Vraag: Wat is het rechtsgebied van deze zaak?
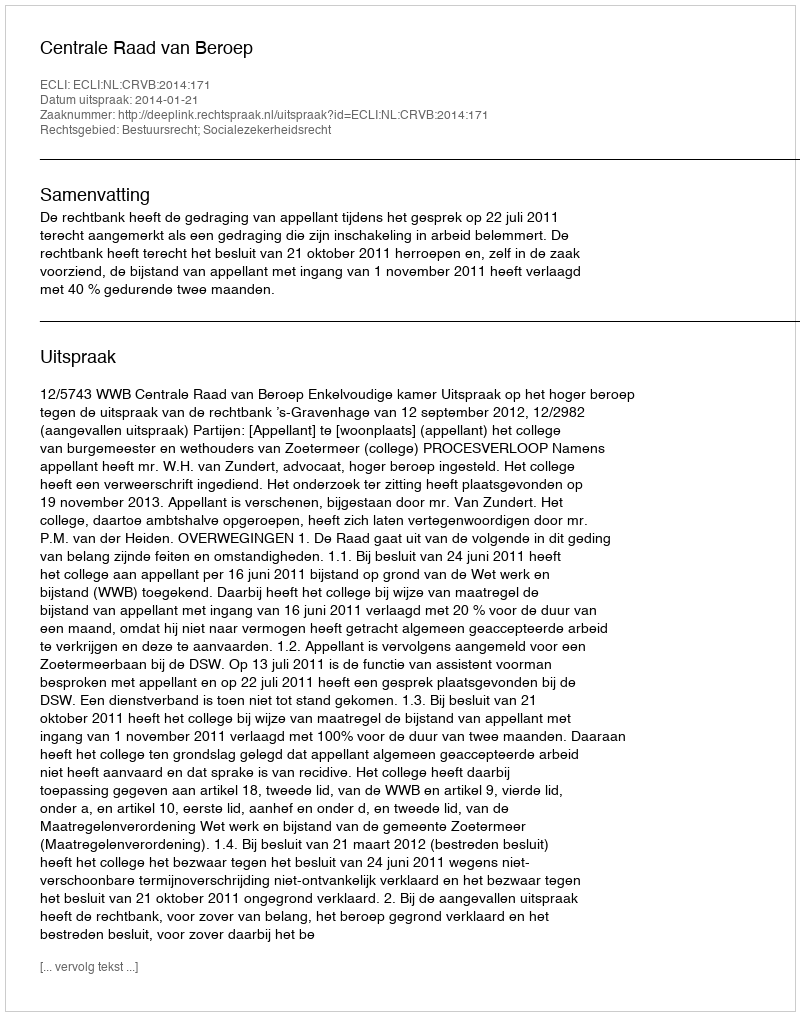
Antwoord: Bestuursrecht; Socialezekerheidsrecht